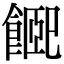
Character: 𩜮